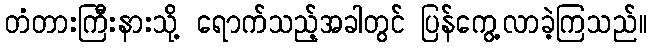
တံတားကြီးနားသို့ ရောက်သည့်အခါတွင် ပြန်ကွေ့လာခဲ့ကြသည်။